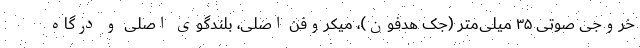
خروجی صوتی ۳۵ میلی‌متر (جک هدفون)، میکروفن اصلی، بلندگوی اصلی و درگاه